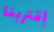
إقتربنا